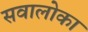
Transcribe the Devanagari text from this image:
सवालोका